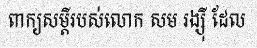
ពាក្យសម្តីរបស់លោក សម រង្ស៊ី ដែល